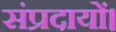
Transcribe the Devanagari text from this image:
संप्रदायों।